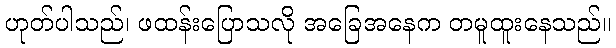
ဟုတ်ပါသည်၊ ဖထန်းပြောသလို အခြေအနေက တမူထူးနေသည်။